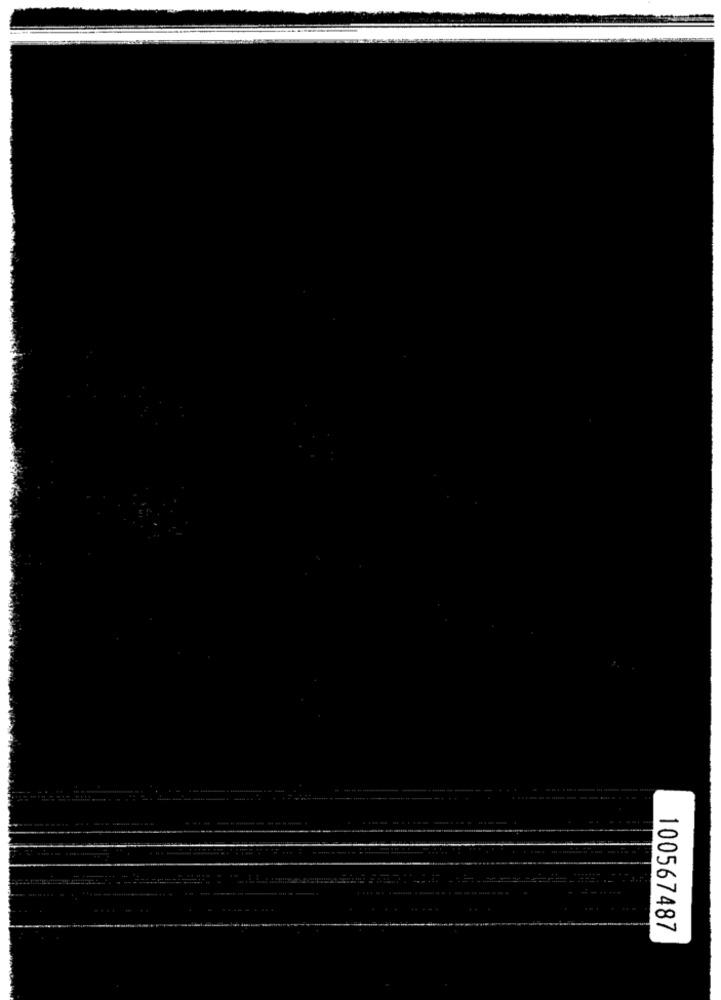
100567487